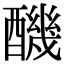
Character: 䤒